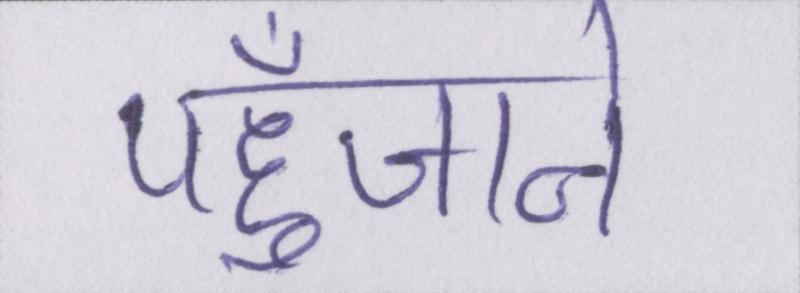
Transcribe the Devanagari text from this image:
पहुँचाने